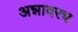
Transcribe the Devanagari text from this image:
अन्नावरच